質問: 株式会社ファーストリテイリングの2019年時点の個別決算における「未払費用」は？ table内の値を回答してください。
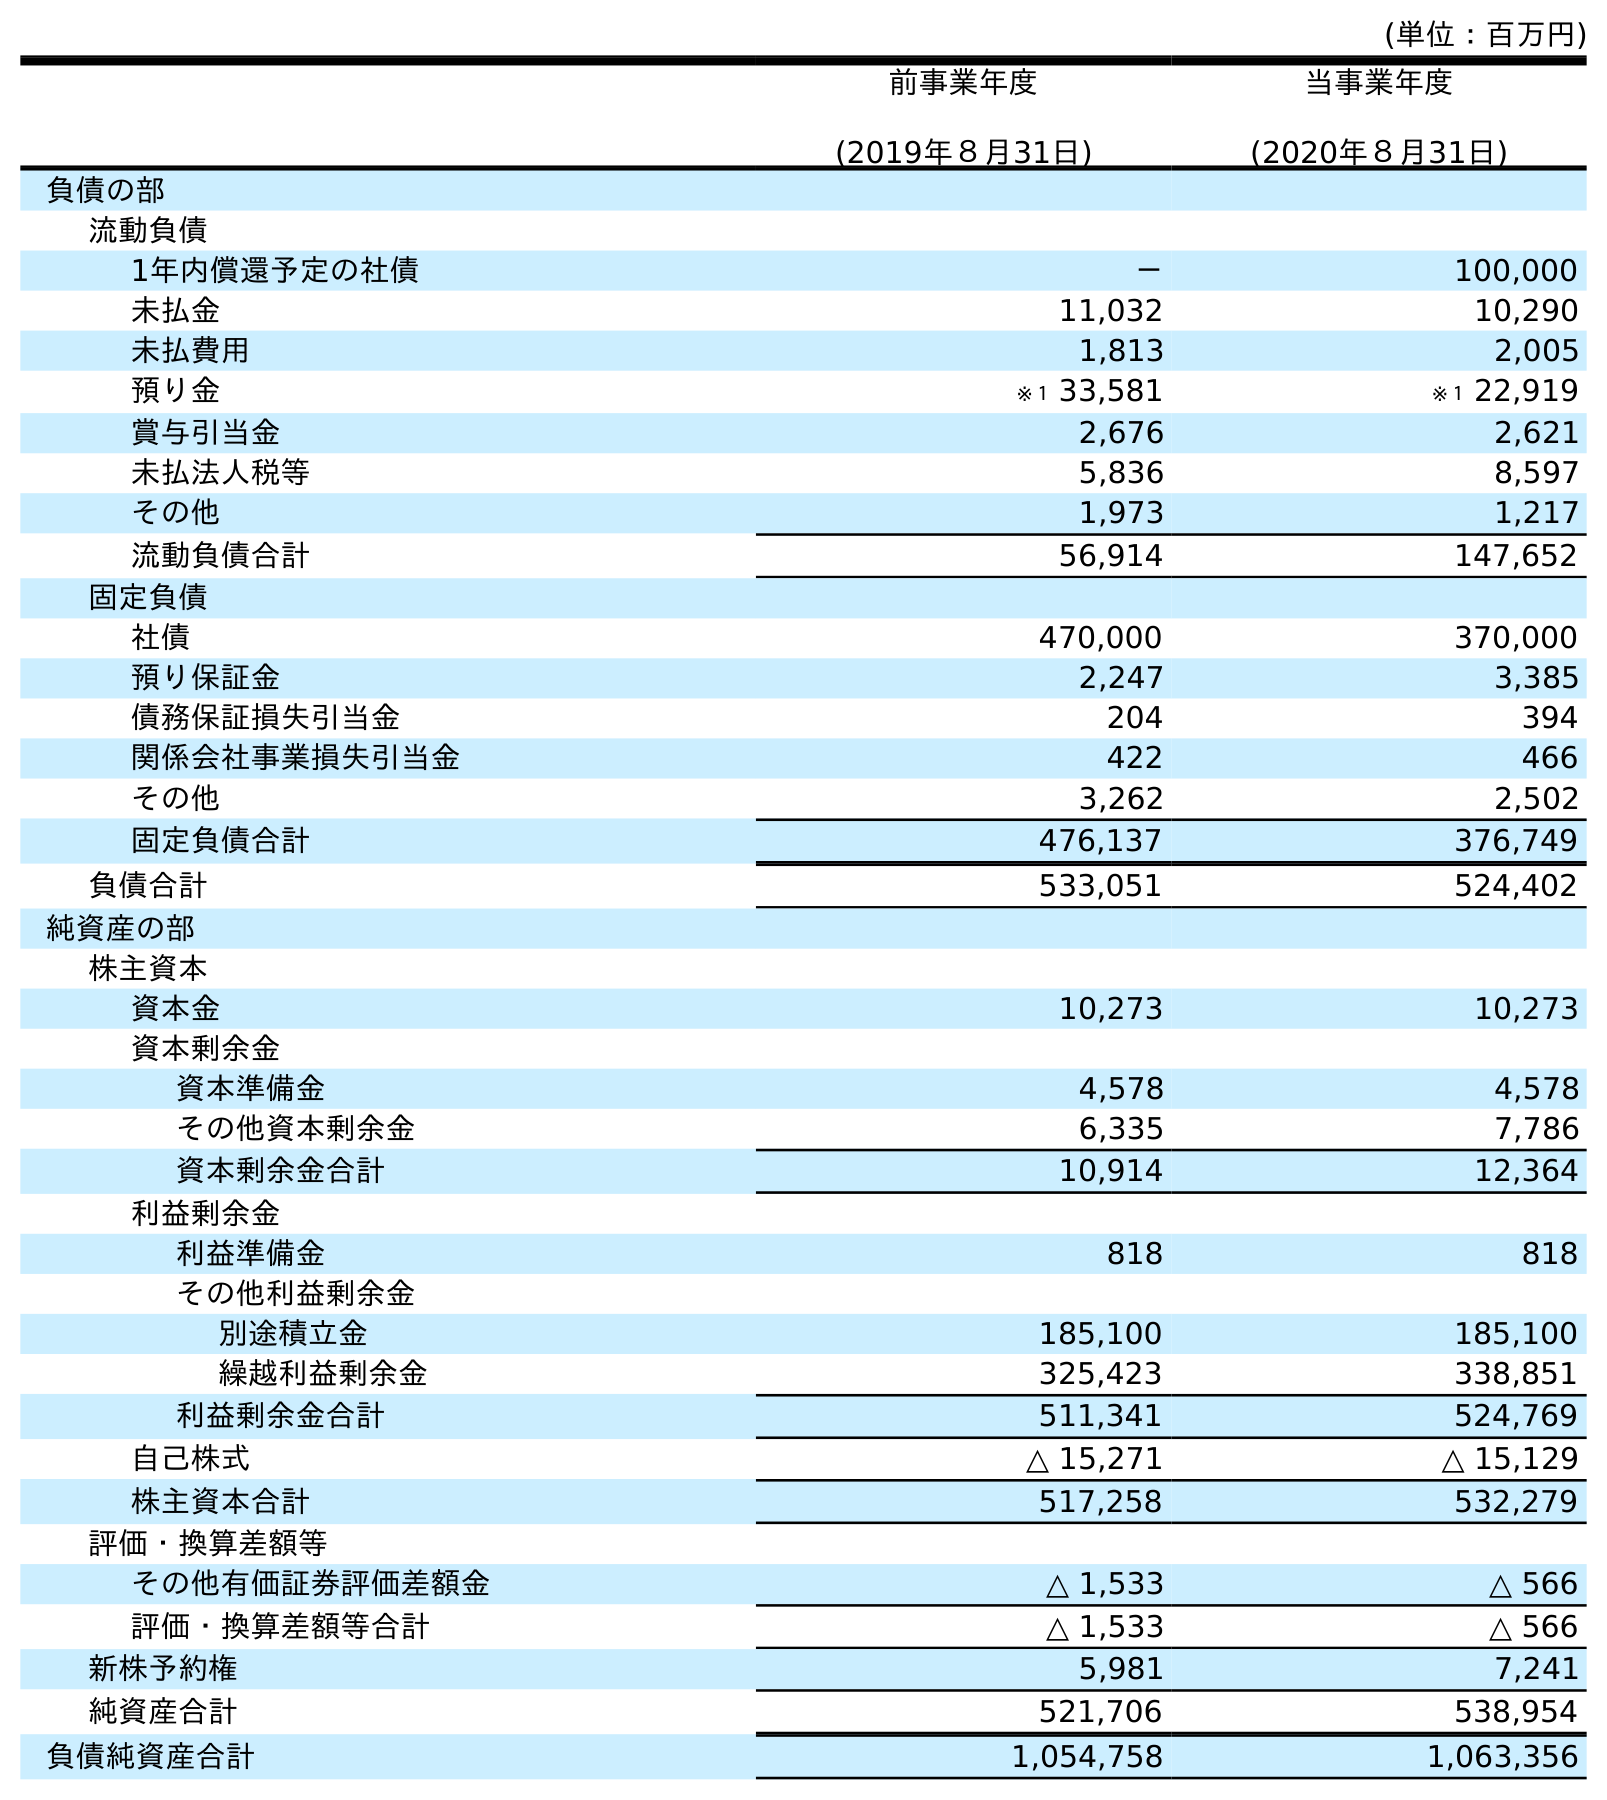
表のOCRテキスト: (単位：百万円) 前事業年度 (2019年８月31日) 当事業年度 (2020年８月31日) 負債の部 流動負債 1年内償還予定の社債 － 100,000 未払金 11,032 10,290 未払費用 1,813 2,005 預り金 ※１ 33,581 ※１ 22,919 賞与引当金 2,676 2,621 未払法人税等 5,836 8,597 その他 1,973 1,217 流動負債合計 56,914 147,652 固定負債 社債 470,000 370,000 預り保証金 2,247 3,385 債務保証損失引当金 204 394 関係会社事業損失引当金 422 466 その他 3,262 2,502 固定負債合計 476,137 376,749 負債合計 533,051 524,402 純資産の部 株主資本 資本金 10,273 10,273 資本剰余金 資本準備金 4,578 4,578 その他資本剰余金 6,335 7,786 資本剰余金合計 10,914 12,364 利益剰余金 利益準備金 818 818 その他利益剰余金 別途積立金 185,100 185,100 繰越利益剰余金 325,423 338,851 利益剰余金合計 511,341 524,769 自己株式 △ 15,271 △ 15,129 株主資本合計 517,258 532,279 評価・換算差額等 その他有価証券評価差額金 △ 1,533 △ 566 評価・換算差額等合計 △ 1,533 △ 566 新株予約権 5,981 7,241 純資産合計 521,706 538,954 負債純資産合計 1,054,758 1,063,356
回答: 1,813